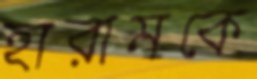
হারামকে